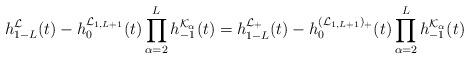
LaTeX: \begin{align*}h_{1-L}^{\mathcal{L}}(t)-h_{0}^{\mathcal{L}_{1,L+1}}(t)\prod_{\alpha=2}^Lh_{-1}^{\mathcal{K}_\alpha}(t)=h_{1-L}^{\mathcal{L}_+}(t)-h_{0}^{(\mathcal{L}_{1,L+1})_+}(t)\prod_{\alpha=2}^Lh_{-1}^{\mathcal{K}_\alpha}(t)\end{align*}